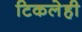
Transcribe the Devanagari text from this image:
टिकलेही